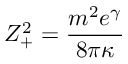
Z _ { + } ^ { 2 } = { \frac { m ^ { 2 } e ^ { \gamma } } { 8 \pi \kappa } }